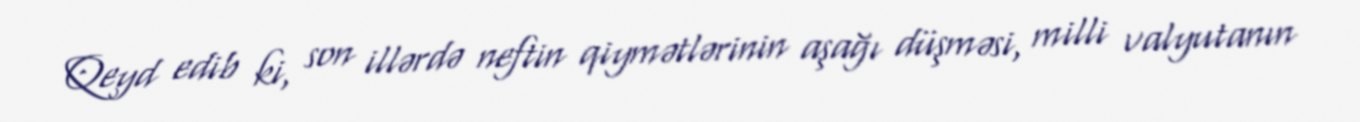
Qeyd edib ki, son illərdə neftin qiymətlərinin aşağı düşməsi, milli valyutanın